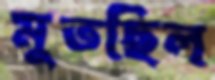
মুতছিল